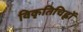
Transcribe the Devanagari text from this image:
विकृतिचिह्नों